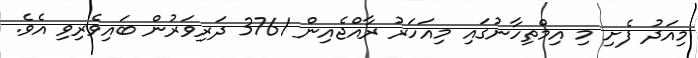
މިއަދު ފެށި މި އިމްތިހާނުގައި މިއަހަރު ރާއްޖެއިން 3761 ދަރިވަރުން ބައިވެރިވި އެވެ.